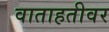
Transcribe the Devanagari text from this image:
वाताहतीवर